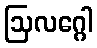
ဩလဂ္ဂေါ